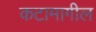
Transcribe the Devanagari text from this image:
कटामागील